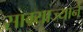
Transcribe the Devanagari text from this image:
साम्र्याज्याने